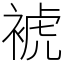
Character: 裭